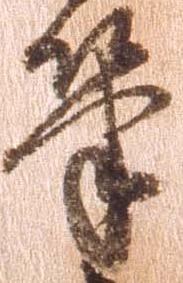
筆